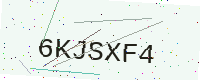
Text: 6KJSXF4